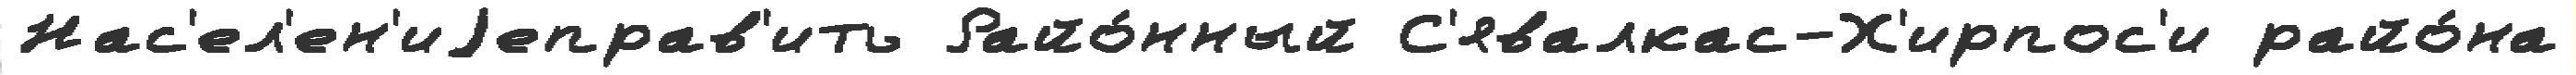
Нас'ел'ен'иjеправ'ить Райо́нный С'явалкас-Х'ирпос'и райо́на